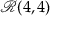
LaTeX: { \mathcal { R } } ( 4 , 4 )